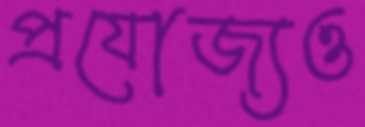
প্রযোজ্যও